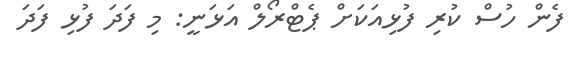
ފެން ހުސް ކުރި ފުޅިއަކަށް ޕެޓްރޯލް އަޅަނީ: މި ފަދަ ފުޅި ފަދަ